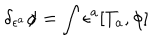
\delta _ { \epsilon ^ { a } } \phi = \int \epsilon ^ { a } [ T _ { a } , \phi ]